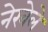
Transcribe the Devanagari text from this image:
नेरवेले